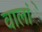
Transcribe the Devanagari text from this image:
वालांे